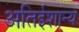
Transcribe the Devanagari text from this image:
अतिईशान्य